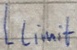
Text: LLimit